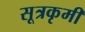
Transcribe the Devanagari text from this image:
सूत्रकृमी